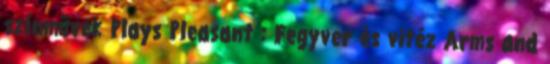
színművek Plays Pleasant : Fegyver és vitéz Arms and